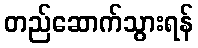
တည်ဆောက်သွားရန်